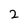
Character: 2